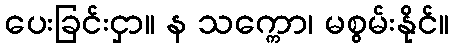
ပေးခြင်းငှာ။ န သက္ကော၊ မစွမ်းနိုင်။